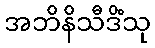
အဘိနိသီဒိံသု